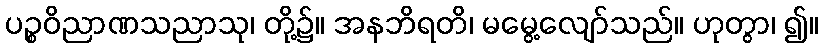
ပဉ္စဝိညာဏသညာသု၊ တို့၌။ အနဘိရတိ၊ မမွေ့လျော်သည်။ ဟုတွာ၊ ၍။